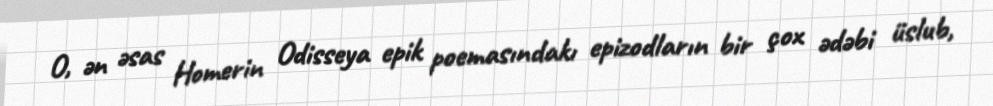
O, ən əsas Homerin Odisseya epik poemasındakı epizodların bir çox ədəbi üslub,